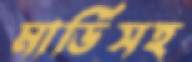
মার্ডিসহ